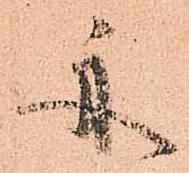
舟